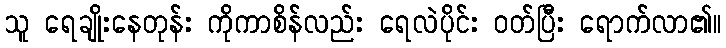
သူ ရေချိုးနေတုန်း ကိုကာစိန်လည်း ရေလဲပိုင်း ဝတ်ပြီး ရောက်လာ၏။